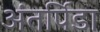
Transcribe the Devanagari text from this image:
अंतर्पिडा